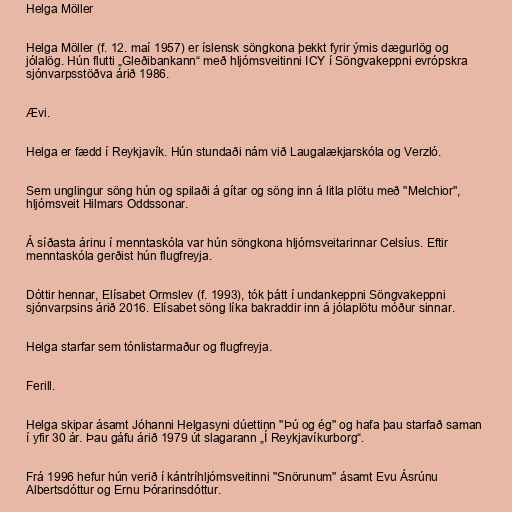
Helga Möller

Helga Möller (f. 12. maí 1957) er íslensk söngkona þekkt fyrir ýmis dægurlög og
jólalög. Hún flutti „Gleðibankann“ með hljómsveitinni ICY í Söngvakeppni evrópskra
sjónvarpsstöðva árið 1986.

Ævi.

Helga er fædd í Reykjavík. Hún stundaði nám við Laugalækjarskóla og Verzló.

Sem unglingur söng hún og spilaði á gítar og söng inn á litla plötu með "Melchior",
hljómsveit Hilmars Oddssonar.

Á síðasta árinu í menntaskóla var hún söngkona hljómsveitarinnar Celsíus. Eftir
menntaskóla gerðist hún flugfreyja.

Dóttir hennar, Elísabet Ormslev (f. 1993), tók þátt í undankeppni Söngvakeppni
sjónvarpsins árið 2016. Elísabet söng líka bakraddir inn á jólaplötu móður sinnar.

Helga starfar sem tónlistarmaður og flugfreyja.

Ferill.

Helga skipar ásamt Jóhanni Helgasyni dúettinn "Þú og ég" og hafa þau starfað saman
í yfir 30 ár. Þau gáfu árið 1979 út slagarann „Í Reykjavíkurborg“.

Frá 1996 hefur hún verið í kántríhljómsveitinni "Snörunum" ásamt Evu Ásrúnu
Albertsdóttur og Ernu Þórarinsdóttur.